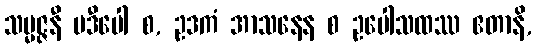
သမ္မဇ္ဇနီ ပဒီပေါ စ, ဥဒကံ အာသနေန စ ဥပေါသထဿ ဧတာနိ,